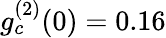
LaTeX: g_{c}^{(2)}(0)=0.16